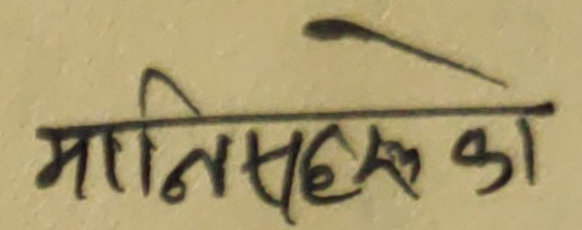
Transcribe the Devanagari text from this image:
मानिसहरुको